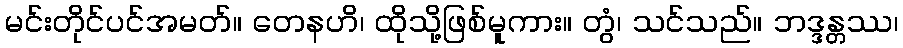
မင်းတိုင်ပင်အမတ်။ တေနဟိ၊ ထိုသို့ဖြစ်မူကား။ တွံ၊ သင်သည်။ ဘဒ္ဒန္တဿ၊